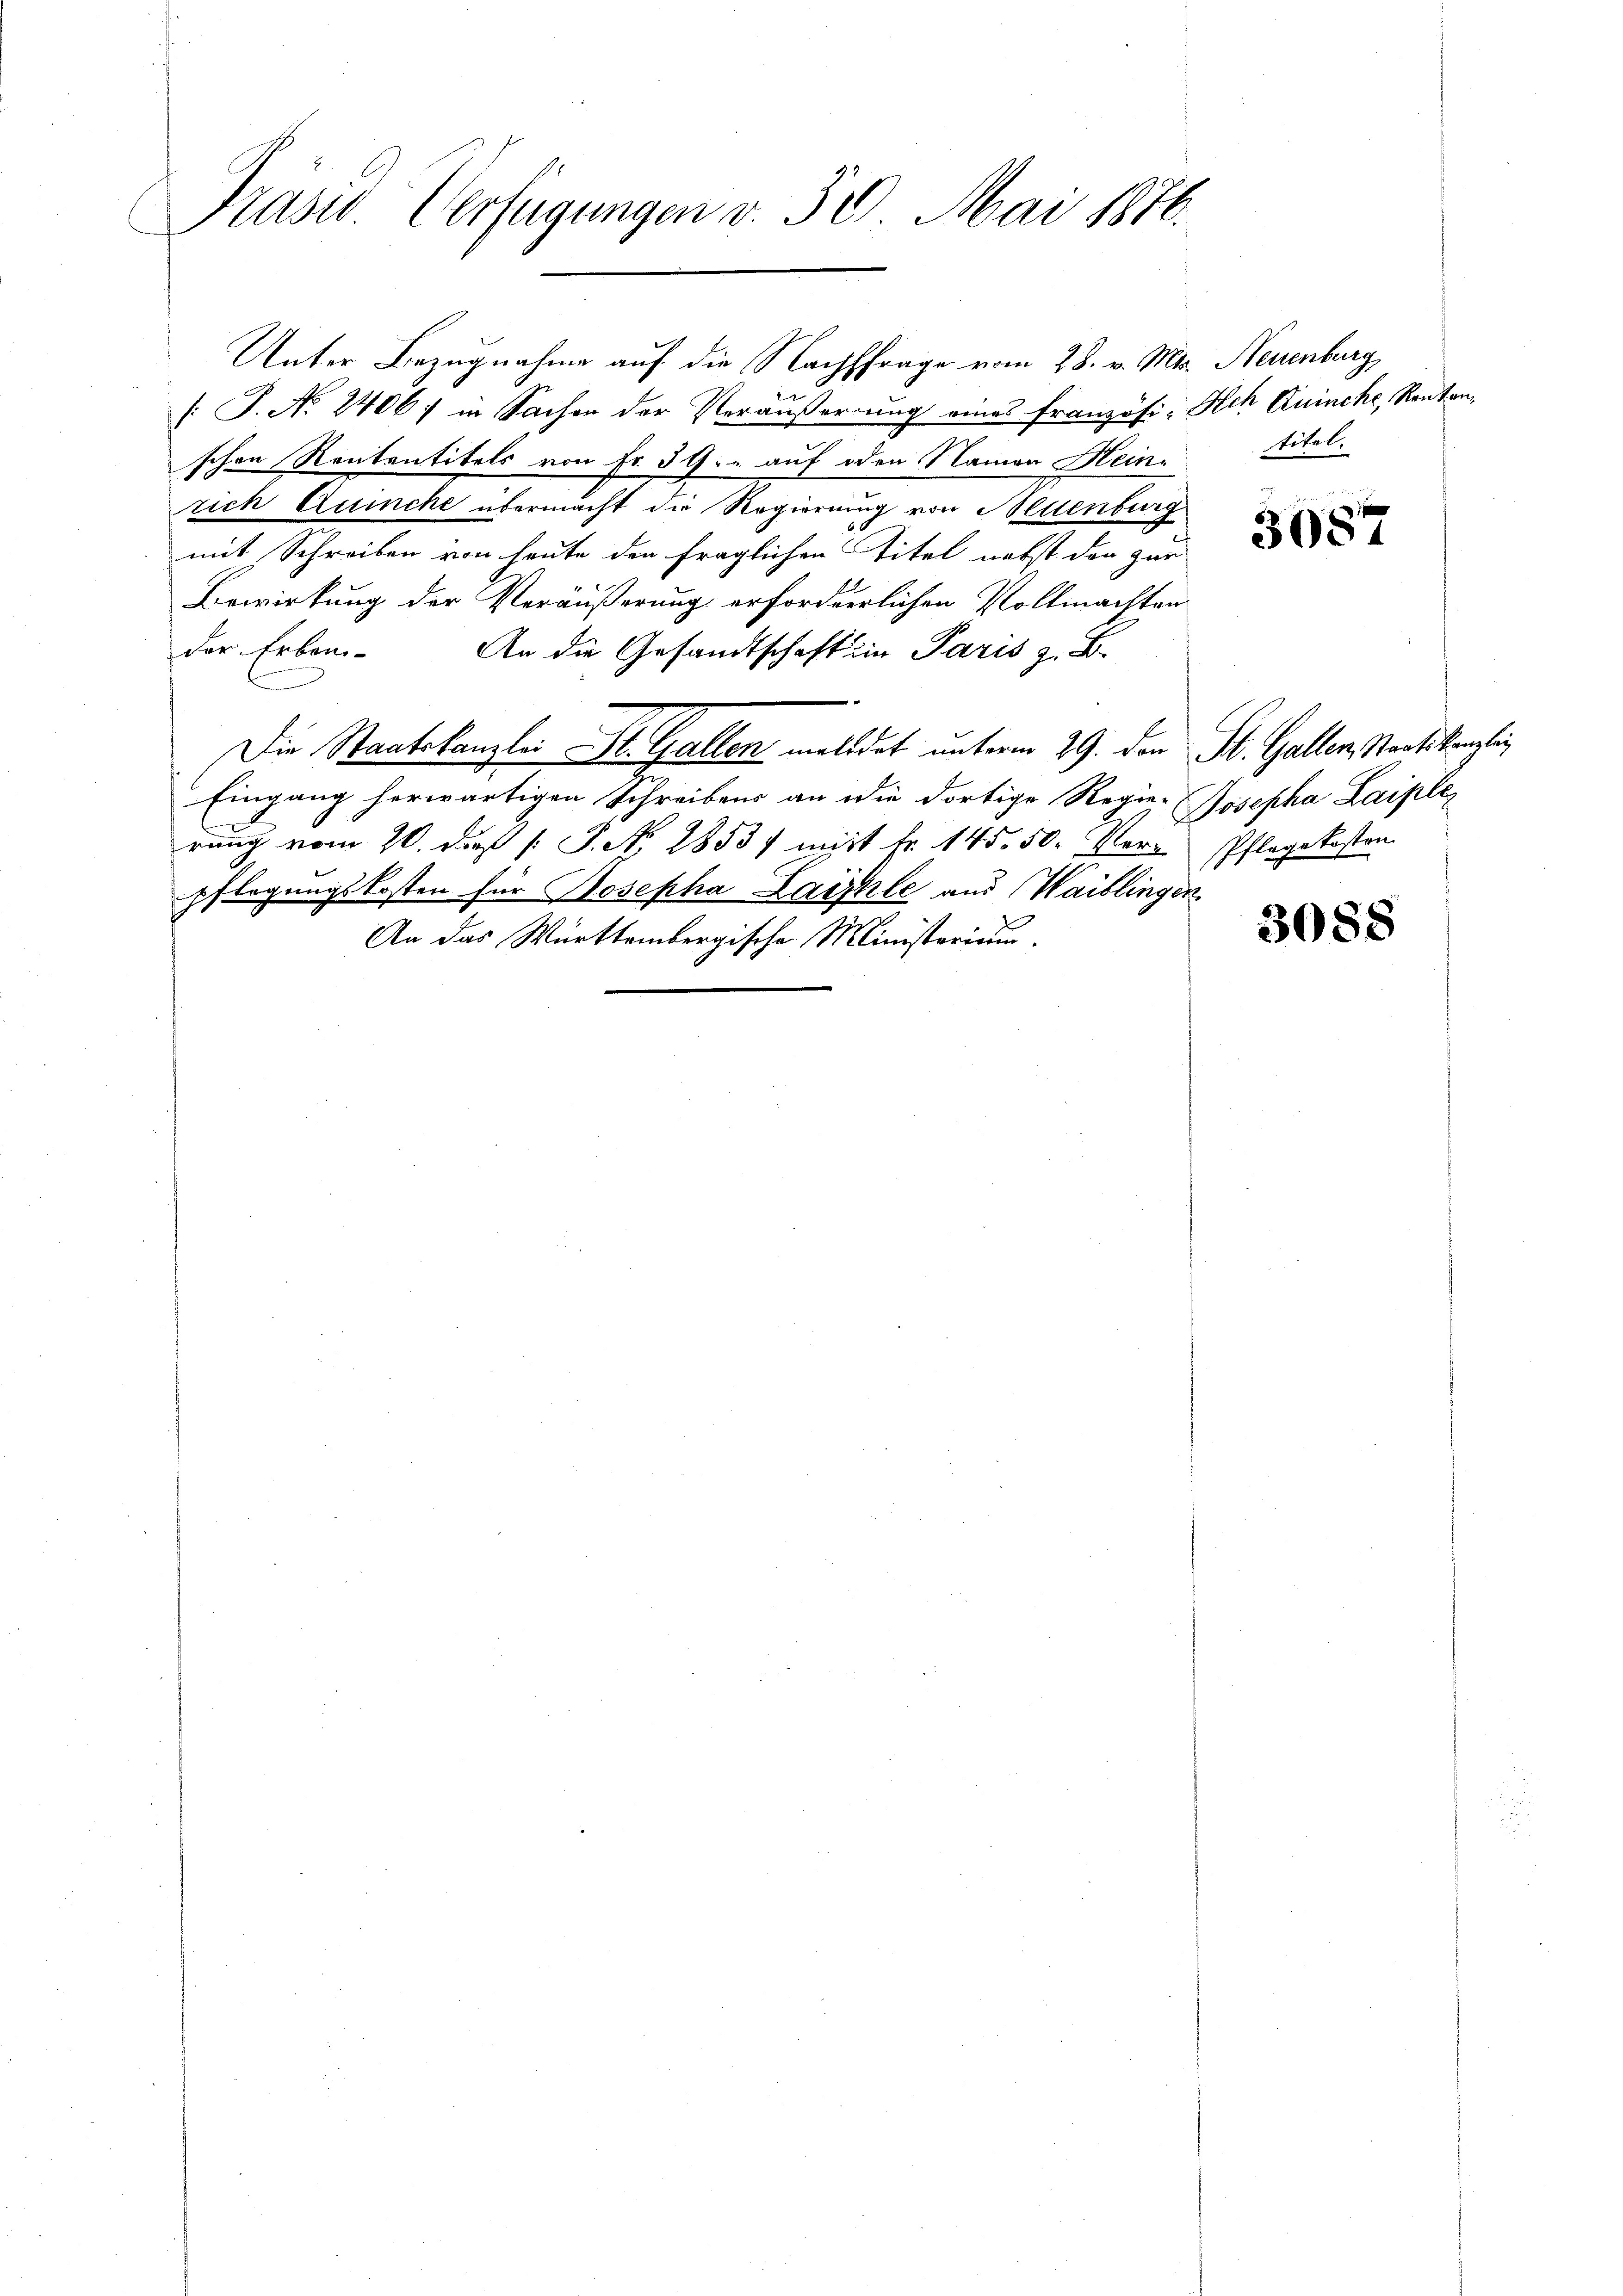
Präsid. Verfügungen v. 30. Mai 1816.

Unter Bezugnahme auf die Nachfrage vom 28. v. Mts.
[J. No 2406; in Sachen der Veräußerung eines französi-Sch Quinche, Rentanschen Rententitels von Fr. 39. auf oder Namen Heinrich Quincke übermacht die Regierung von Altenburg
mit Schreiben von heute den fraglichen Titel nebst der zur
Bewirkung der Veräußerung erforderlichen Vollmachten
der Erben-
An die Gesandtschaft in Paris z. B.
Die Staatskanzlei St. Gallen meldet unterm 29. den St. Gallen, Staatskanzli
Eingang herwärtigen Schreibens an die dortige Regie-
rung vom 20. daß P. No. 1853) mit Fr. 145. 50. Ver- Pflegekosten
pflegungskosten für Josepha Laishle aus Waiblingen
Aa das Württembergische Ministerium.

Neuenburg
titel.

3087

Josepha Laipler

3088